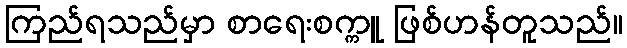
ကြည်ရသည်မှာ စာရေးစက္ကူ ဖြစ်ဟန်တူသည်။